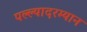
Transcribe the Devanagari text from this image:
पल्ल्यादरम्यान